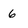
Character: 6